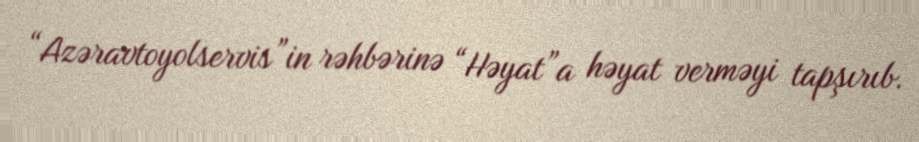
“Azəravtoyolservis”in rəhbərinə “Həyat”a həyat verməyi tapşırıb.